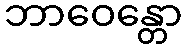
ဘာဝေန္တော